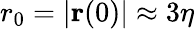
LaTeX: r_{0}=|{\mathbf{r}}(0)|\approx 3\eta